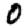
Digit: 0